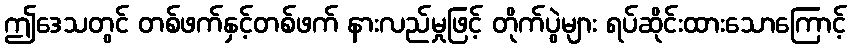
ဤဒေသတွင် တစ်ဖက်နှင့်တစ်ဖက် နားလည်မှုဖြင့် တိုက်ပွဲများ ရပ်ဆိုင်းထားသောကြောင့်